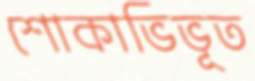
শোকাভিভূত